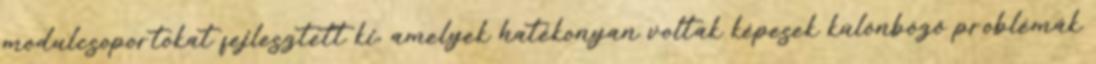
modulcsoportokat fejlesztett ki, amelyek hatékonyan voltak képesek különböző problémák